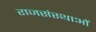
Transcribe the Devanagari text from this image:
राजसंस्थाओं